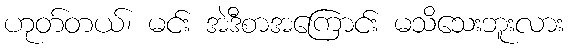
ဟုတ်တယ်၊ မင်း အဲဒီစာအကြောင်း မသိသေးဘူးလား